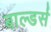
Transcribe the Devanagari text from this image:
बाल्डर्स